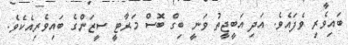
ބައިވެރި ވެފައެވެ. އަދި އަބީޖީތު ވަނީ ބިގް ބޮސް މަރާޓީ ސީޒަންގެ ބައިވެރިއެކެވެ.